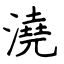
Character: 澆